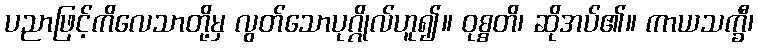
ပညာဖြင့်ကိလေသာတို့မှ လွတ်သောပုဂ္ဂိုလ်ဟူ၍။ ဝုစ္စတိ၊ ဆိုအပ်၏။ ကာယသက္ခီ၊